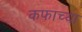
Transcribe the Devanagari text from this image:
कफाच्या